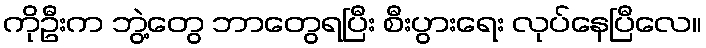
ကိုဦးက ဘွဲ့တွေ ဘာတွေရပြီး စီးပွားရေး လုပ်နေပြီလေ။